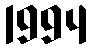
1994